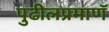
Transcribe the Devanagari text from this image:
पुढीलप्रमाणॅ